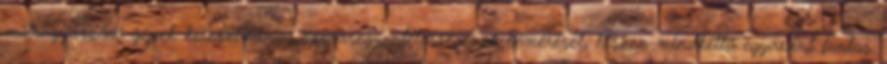
műtrágyaszóró gépek keresztirányú szórásegyenletességének bemérését, hiszen mindkettő egyaránt fontos.